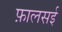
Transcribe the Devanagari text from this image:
फ़ालसई